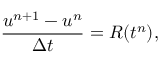
\frac { \boldsymbol { u } ^ { n + 1 } - \boldsymbol { u } ^ { n } } { \Delta t } = R ( t ^ { n } ) ,